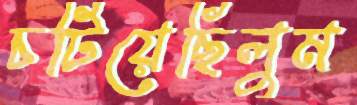
চটিয়েছিলুম